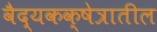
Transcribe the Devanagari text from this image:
वैद्यकक्षेत्रातील